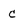
Character: c